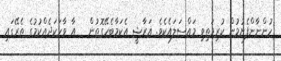
ހުންނާންފެށުމުން ކުރިމަތިވި މައްސަލައެކެވެ. އަރާޝީ އެކަމާބެހޭގޮތުން   އާ ވާހަކަދެއްކުމުގެ ތެރޭގައި